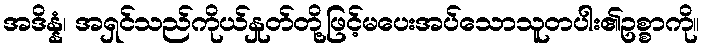
အဒိန္နံ၊ အရှင်သည်ကိုယ်နှုတ်တို့ဖြင့်မပေးအပ်သောသူတပါး၏ဥစ္စာကို။